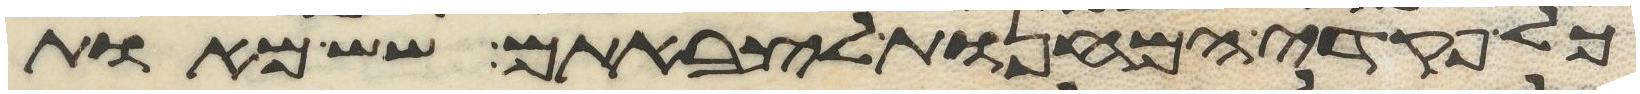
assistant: כל פקדי המחנות לצבאתם שש מאות